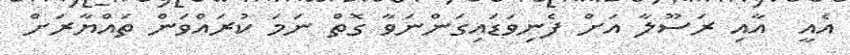
އެއީ  އާއި ރަސޫލާ އަށް ފެނިވަޑައިގަންނަވާ ގޮތް ނަމަ ކުރައްވަން ތައްޔާރަށް